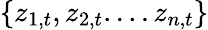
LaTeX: \{ z_{1,t},z_{2,t}....z_{n,t}\}